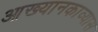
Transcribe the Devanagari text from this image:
आख्यानकाव्यास